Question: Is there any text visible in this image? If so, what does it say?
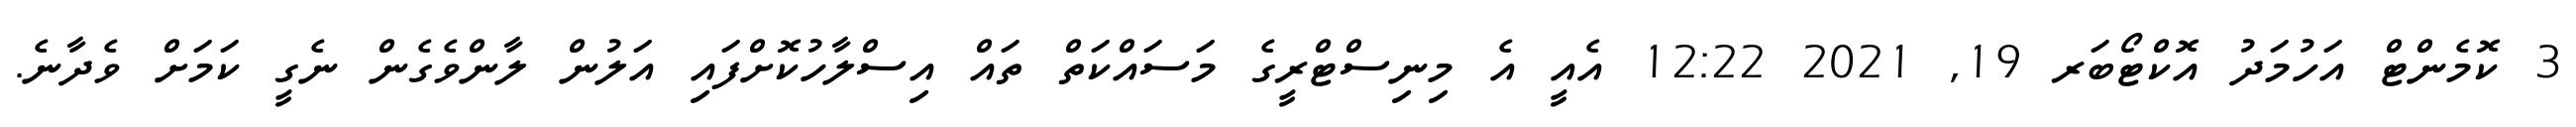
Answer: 3 ކޮމެންޓް އަހުމަދު އޮކްޓޯބަރ 19, 2021 12:22 އެއީ އެ މިނިސްޓްރީގެ މަސައްކަތް ތައް އިސްލާހުކޮށްފައި އަލުން ލާންވެގެން ނެގީ ކަމަށް ވެދާނެ.